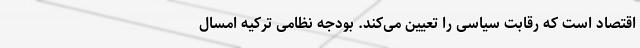
اقتصاد است که رقابت سیاسی را تعیین می‌کند. بودجه نظامی ترکیه امسال